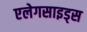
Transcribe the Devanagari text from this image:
एलेगसाइड्स